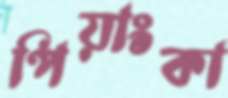
পিয়াংকা